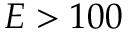
E > 1 0 0